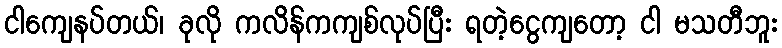
ငါကျေနပ်တယ်၊ ခုလို ကလိန်ကကျစ်လုပ်ပြီး ရတဲ့ငွေကျတော့ ငါ မသတီဘူး